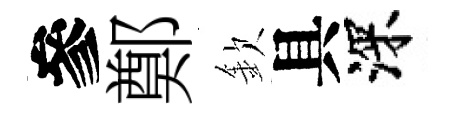
參鄭欽具深